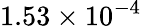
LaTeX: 1.53\times 10^{-4}